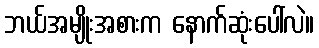
ဘယ်အမျိုးအစားက နောက်ဆုံးပေါ်လဲ။